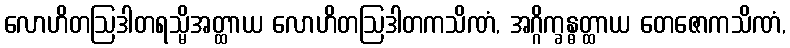
လောဟိတဩဒါတရသ္မိအတ္ထာယ လောဟိတဩဒါတကသိဏံ, အဂ္ဂိက္ခန္ဓတ္ထာယ တေဇောကသိဏံ,